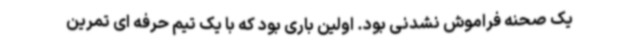
یک صحنه فراموش نشدنی بود. اولین باری بود که با یک تیم حرفه ای تمرین